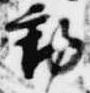
動